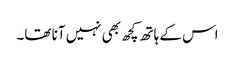
اس کے ہاتھ کچھ بھی نہیں آنا تھا۔